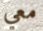
معي